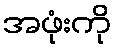
အဖုံးကို